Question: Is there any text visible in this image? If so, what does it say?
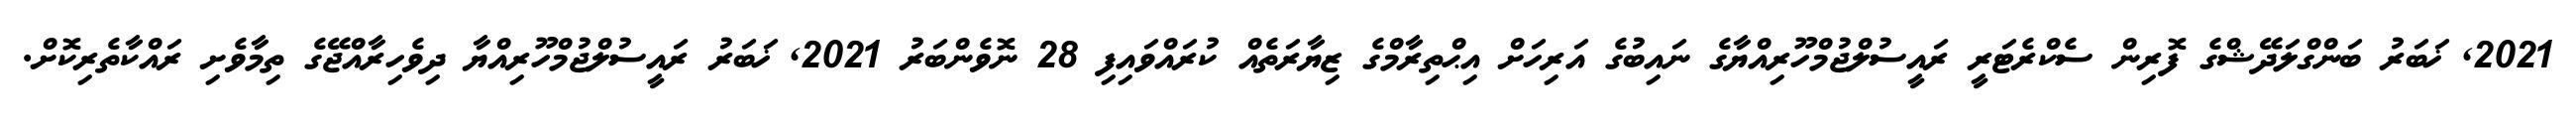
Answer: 2021, ޚަބަރު ބަންގްލަދޭޝްގެ ފޮރިން ސެކްރެޓަރީ ރައީސުލްޖުމްހޫރިއްޔާގެ ނައިބުގެ އަރިހަށް އިޙްތިރާމްގެ ޒިޔާރަތެއް ކުރައްވައިފި 28 ނޮވެންބަރު 2021, ޚަބަރު ރައީސުލްޖުމްހޫރިއްޔާ ދިވެހިރާއްޖޭގެ ތިމާވެށި ރައްކާތެރިކޮށް.